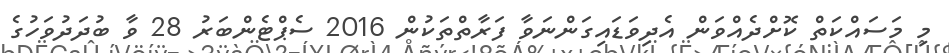
މި މަސައްކަތް ކޮށްދެއްވަން އެދިވަޑައިގަންނަވާ ފަރާތްތަކުން 2016 ސެޕްޓެންބަރު 28 ވާ ބުދަދުވަހުގެ